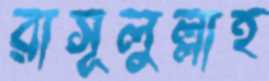
রাসূলুল্লাহ